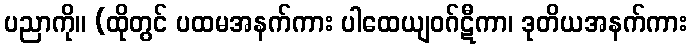
ပညာကို။ (ထိုတွင် ပထမအနက်ကား ပါထေယျဝဂ်ဋီကာ၊ ဒုတိယအနက်ကား